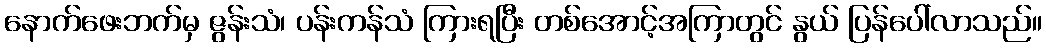
နောက်ဖေးဘက်မှ ဇွန်းသံ၊ ပန်းကန်သံ ကြားရပြီး တစ်အောင့်အကြာတွင် နွယ် ပြန်ပေါ်လာသည်။